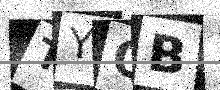
Text: TYQB